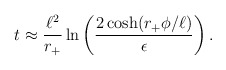
\begin{align*}t \approx {\ell^2 \over r_+} \ln \left( {2 \cosh(r_+ \phi/\ell) \over \epsilon} \right).\end{align*}